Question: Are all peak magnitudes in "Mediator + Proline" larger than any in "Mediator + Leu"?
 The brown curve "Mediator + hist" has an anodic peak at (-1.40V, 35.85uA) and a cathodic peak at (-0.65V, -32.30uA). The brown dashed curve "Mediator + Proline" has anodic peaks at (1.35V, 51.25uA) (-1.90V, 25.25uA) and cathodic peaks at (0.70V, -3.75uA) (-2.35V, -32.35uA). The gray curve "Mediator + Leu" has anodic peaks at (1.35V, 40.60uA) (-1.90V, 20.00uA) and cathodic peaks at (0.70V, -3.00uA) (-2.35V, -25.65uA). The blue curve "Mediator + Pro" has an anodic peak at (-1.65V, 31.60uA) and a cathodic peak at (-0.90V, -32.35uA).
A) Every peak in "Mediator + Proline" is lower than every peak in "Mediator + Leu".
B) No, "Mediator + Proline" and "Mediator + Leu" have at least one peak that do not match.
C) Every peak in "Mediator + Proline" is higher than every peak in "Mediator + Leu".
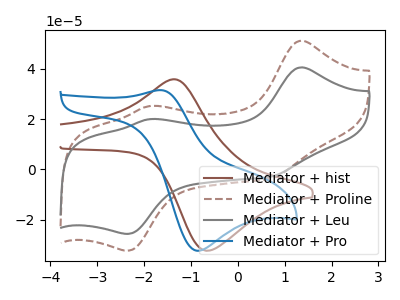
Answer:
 <answer>C) Every peak in "Mediator + Proline" is higher than every peak in "Mediator + Leu".</answer>
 <eval>C</eval>